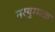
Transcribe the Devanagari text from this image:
नरयुग्मक